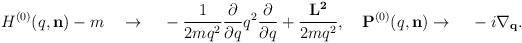
LaTeX: \begin{align*} H^{(0)}(q,{\bf n})-m{\quad}\rightarrow{\quad}-\frac{1}{{2m}{q}^2}\frac{\partial}{{\partial}{q}}{q}^{2}\frac{\partial}{{\partial}{q}}+\frac{\bf L^{2}}{2mq^2},{\quad}{\bf P}^{(0)}(q,{\bf n})\rightarrow{\quad}-i\nabla_{\bf q}.\end{align*}